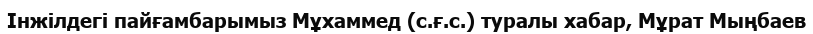
Інжілдегі пайғамбарымыз Мұхаммед (с.ғ.с.) туралы хабар, Мұрат Мыңбаев